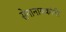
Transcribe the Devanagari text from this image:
सेनानायकांनी